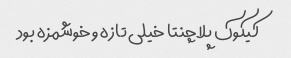
کیکوک پلاچنتا خیلی تازه و خوشمزه بود